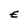
Character: E